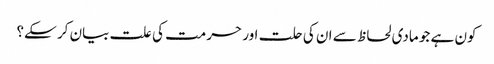
کون ہے جو مادی لحاظ سے ان کی حلت اور حرمت کی علت بیان کر سکے؟